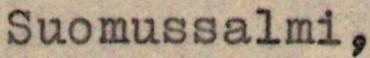
Suomussalmi,